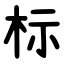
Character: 标